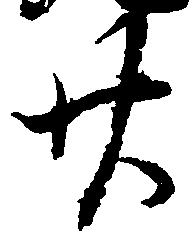
廿